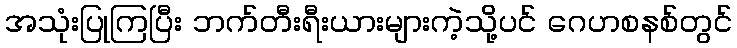
အသုံးပြုကြပြီး ဘက်တီးရီးယားများကဲ့သို့ပင် ဂေဟစနစ်တွင်